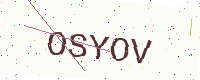
Text: OSYOV